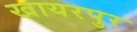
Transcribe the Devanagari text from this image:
खायरपुर